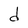
Character: d